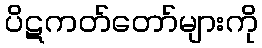
ပိဋကတ်တော်များကို